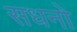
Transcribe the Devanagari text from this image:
सधनो